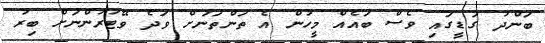
ބަންދު ގަޑީގައި ވެސް ބައެއް މީހުން އެ ތަންތަނަށް ވަދެ ވޭޓަރުންނަށް ބިރު